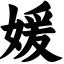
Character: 媛